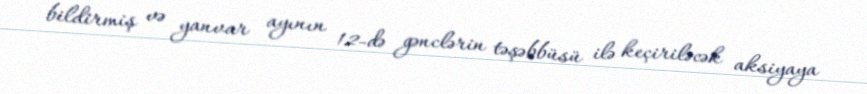
bildirmiş və yanvar ayının 12-də gənclərin təşəbbüsü ilə keçiriləcək aksiyaya